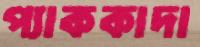
প্যাককাদা